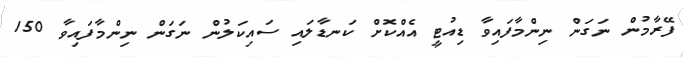
ފޭރާމުން ނަގަން ނިންމާފައިވާ ޑިއުޓީ އެއްކޮށް ކަނޑާލައި ސައިކަލުން ނަގަން ނިންމާފައިވާ 150